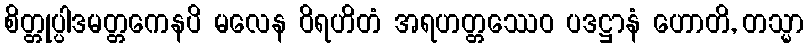
စိတ္တုပ္ပါဒမတ္တကေနပိ မလေန ဝိရဟိတံ အရဟတ္တဿေဝ ပဒဋ္ဌာနံ ဟောတိ, တသ္မာ